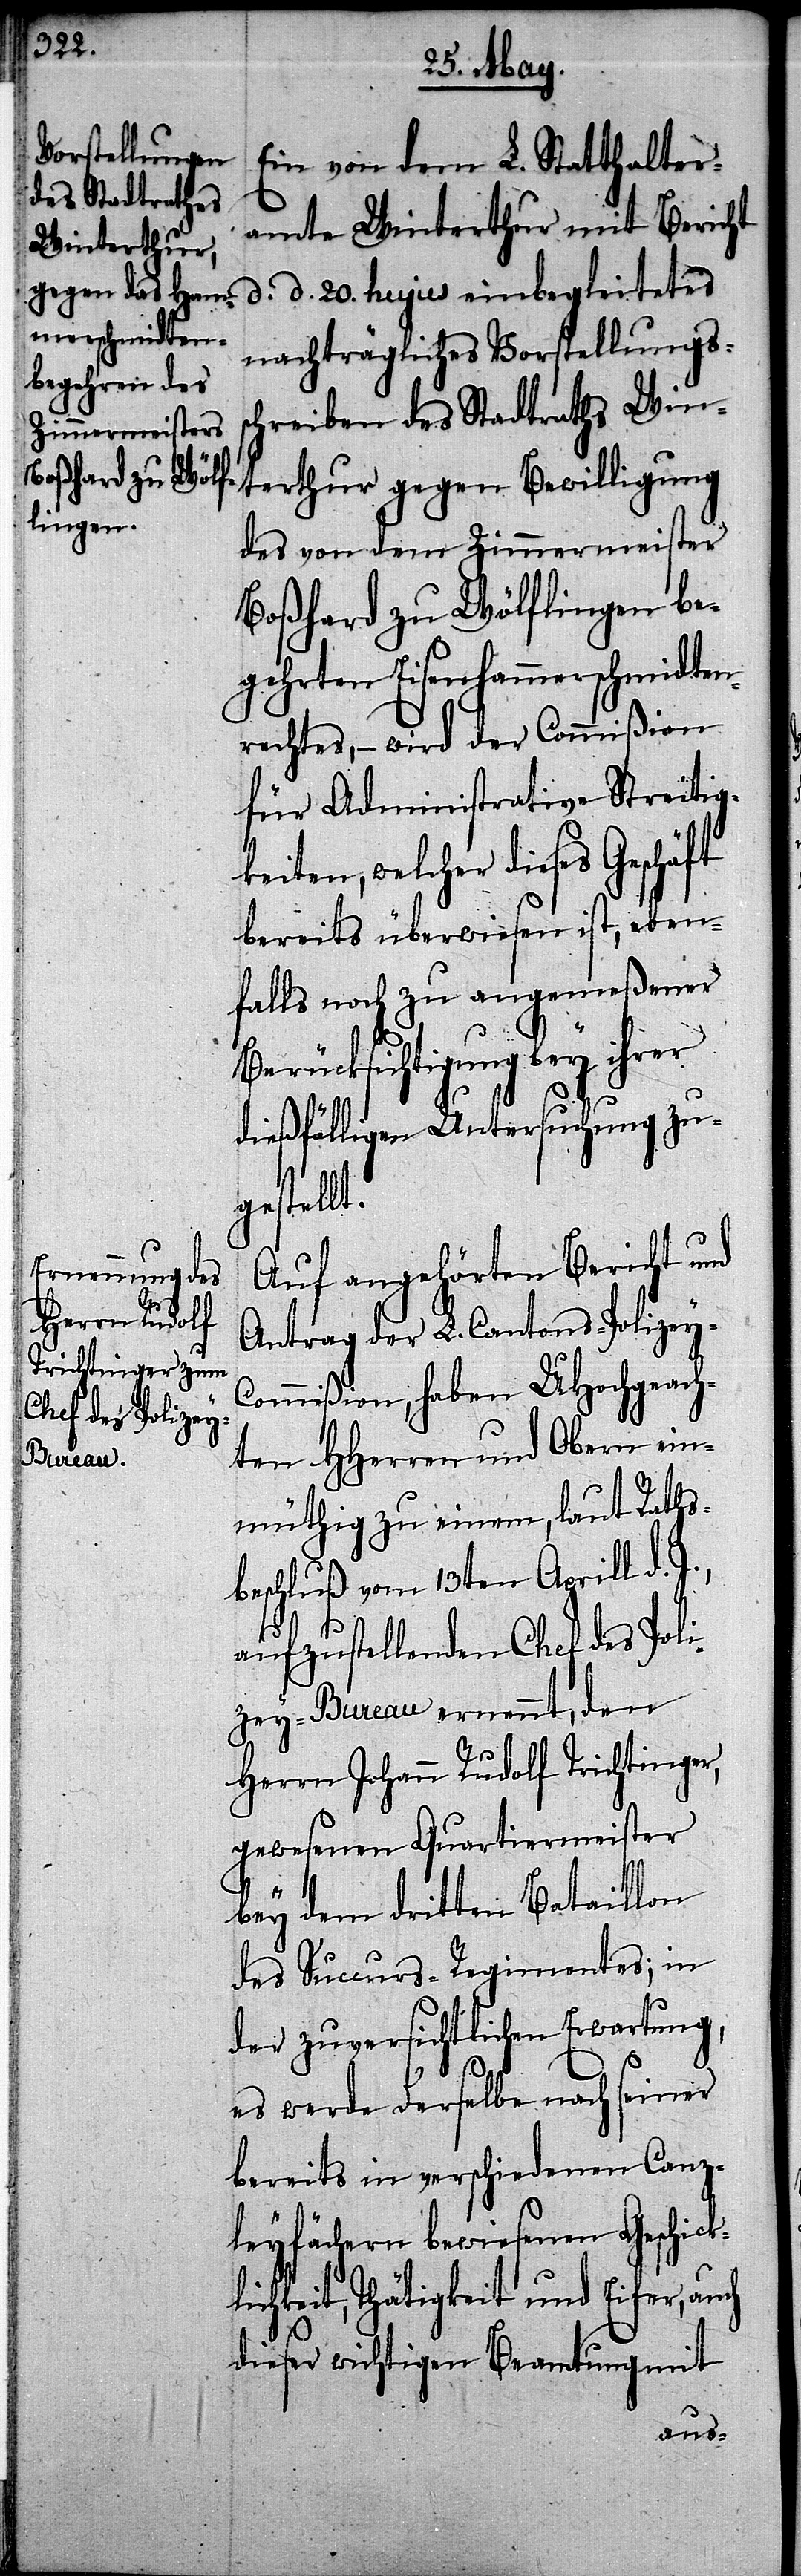
Ein von dem L. Statthalter¬
amte Winterthur mit Bericht
d. d. 20. hujus einbegleitetes
nachträgliches Vorstellungss¬
chreiben des Stadtraths Win¬
des von dem Zimmermeister
Boßhard zu Wölflingen be¬
gehrten Eisenhammerschmidten¬
rechtes, – wird der Commißion
für Administrative Streitig¬
keiten, welcher dieses Geschäft
bereits überwiesen ist, eben¬
falls noch zu angemeßener
Berücksichtigung bey ihrer
dießfälligen Untersuchung zu¬
gestellt.
Auf angehörten Bericht und
Antrag der L. Cantons-Polizey-C¬
ommißion, haben UHochgeach¬
ten HHerren und Obern ein¬
terthur
müthig zu einem, laut Raths¬
beschluß vom 13ten Aprill d.
aufzustellenden Chef des Poli¬
zey-Bureau ernennt, den
Herrn Johann Rudolf Trichtinger,
gewesenen Quartiermeister
bey dem dritten Bataillon
des Succurs-Regimentes; in
der zuversichtlichen Erwartung,
es werde derselbe nach seiner
bereits in verschiedenen Canz¬
leyfächern bewiesenen Geschick¬
lichkeit, Thätigkeit und Eifer, auch
dieser wichtigen Beamtung mit